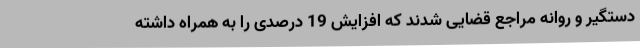
دستگیر و روانه مراجع قضایی شدند که افزایش 19 درصدی را به همراه داشته